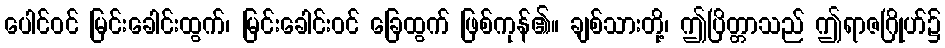
ပေါင်ဝင် မြင်းခေါင်းထွက်၊ မြင်းခေါင်းဝင် ခြေထွက် ဖြစ်ကုန်၏။ ချစ်သားတို့၊ ဤပြိတ္တာသည် ဤရာဇဂြိုဟ်၌